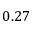
0 . 2 7